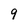
Character: 9